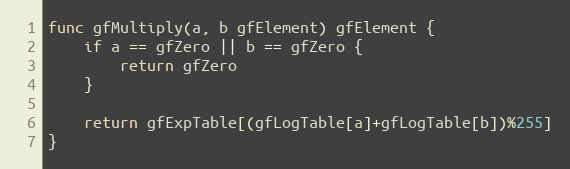
Language: Go
func gfMultiply(a, b gfElement) gfElement {
	if a == gfZero || b == gfZero {
		return gfZero
	}

	return gfExpTable[(gfLogTable[a]+gfLogTable[b])%255]
}